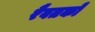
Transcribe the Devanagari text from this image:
रैवतको